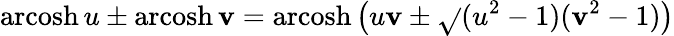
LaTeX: \operatorname{arcosh}u\pm\operatorname{arcosh}\mathbf{v}=\operatorname{arcosh}\left(u\mathbf{v}\pm{\sqrt{}{{(u^{2}-1)(\mathbf{v}^{2}-1)}}}\right)